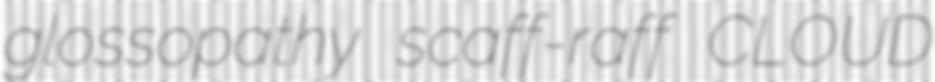
glossopathy scaff-raff CLOUD